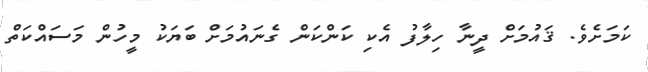
ކަމަށެވެ. ޤައުމަށް ދީނާ ހިލާފު އެކި ކަންކަން ގެނައުމަށް ބަޔަކު މީހުން މަސައްކަތް